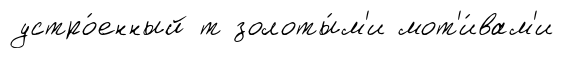
устро́енный т золоты́м'и мот'и́вам'и